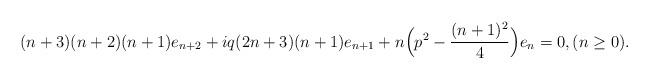
LaTeX: \begin{align*} (n+3)(n+2)(n+1) e_{n+2} + i q (2n+3)(n+1) e_{n+1} + n \Big ( p^2 - {(n+1)^2 \over 4} \Big ) e_n = 0, (n \ge 0). \end{align*}